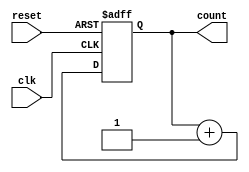
module ripple_counter (
    input wire clk,        // Clock input
    input wire reset,      // Asynchronous reset input
    output reg [n-1:0] count // n-bit counter output
);
    parameter n = 4; // Number of bits in the counter

    // Always block triggered on the rising edge of the clock or the reset signal
    always @(posedge clk or posedge reset) begin
        if (reset) begin
            count <= 0; // Reset the counter to 0
        end else begin
            count <= count + 1; // Increment the counter
        end
    end
endmodule